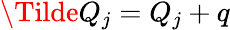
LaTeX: \Tilde{Q}_{j}=Q_{j}+q